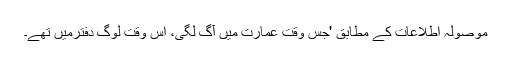
موصولہ اطلاعات کے مطابق 'جس وقت عمارت میں آگ لگی، اس وقت لوگ دفترمیں تھے۔